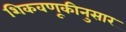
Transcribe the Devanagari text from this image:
शिकवणूकीनुसार